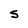
Character: S